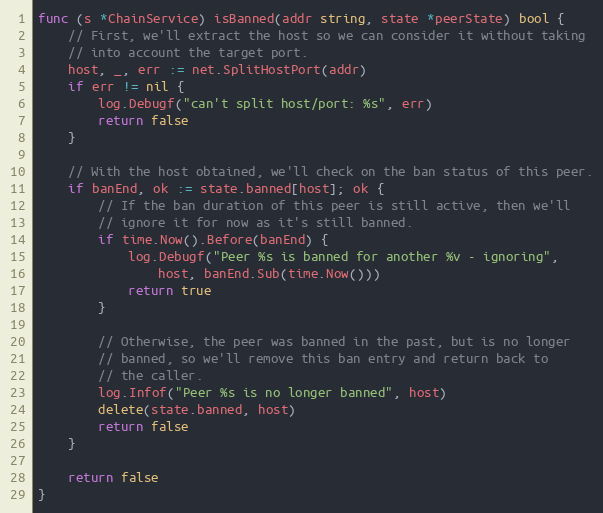
Language: Go
func (s *ChainService) isBanned(addr string, state *peerState) bool {
	// First, we'll extract the host so we can consider it without taking
	// into account the target port.
	host, _, err := net.SplitHostPort(addr)
	if err != nil {
		log.Debugf("can't split host/port: %s", err)
		return false
	}

	// With the host obtained, we'll check on the ban status of this peer.
	if banEnd, ok := state.banned[host]; ok {
		// If the ban duration of this peer is still active, then we'll
		// ignore it for now as it's still banned.
		if time.Now().Before(banEnd) {
			log.Debugf("Peer %s is banned for another %v - ignoring",
				host, banEnd.Sub(time.Now()))
			return true
		}

		// Otherwise, the peer was banned in the past, but is no longer
		// banned, so we'll remove this ban entry and return back to
		// the caller.
		log.Infof("Peer %s is no longer banned", host)
		delete(state.banned, host)
		return false
	}

	return false
}